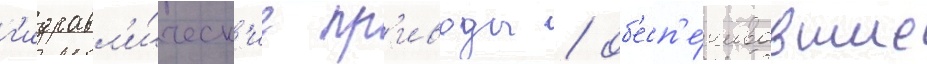
г'идравл'и́ческ'ие пр'иводы / об'есп'е́чивавшие